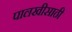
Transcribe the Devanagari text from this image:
पालखीसाठी